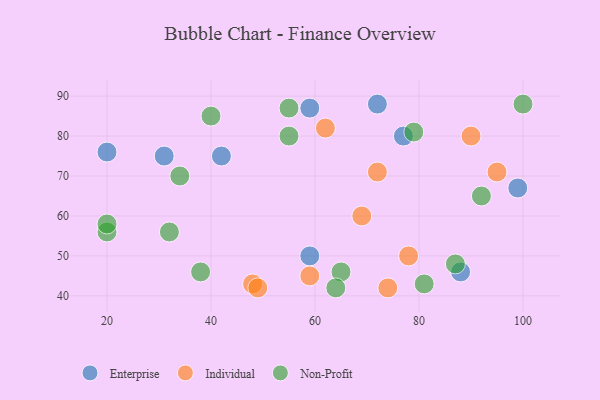
{"axis": {"x": "GDP", "y": "Life Expectancy"}, "legend": ["Enterprise", "Individual", "Non-Profit"], "data": [{"x": "99", "y": 67, "type": "Enterprise"}, {"x": "59", "y": 50, "type": "Enterprise"}, {"x": "88", "y": 46, "type": "Enterprise"}, {"x": "72", "y": 88, "type": "Enterprise"}, {"x": "42", "y": 75, "type": "Enterprise"}, {"x": "77", "y": 80, "type": "Enterprise"}, {"x": "20", "y": 76, "type": "Enterprise"}, {"x": "31", "y": 75, "type": "Enterprise"}, {"x": "59", "y": 87, "type": "Enterprise"}, {"x": "62", "y": 82, "type": "Individual"}, {"x": "74", "y": 42, "type": "Individual"}, {"x": "78", "y": 50, "type": "Individual"}, {"x": "59", "y": 45, "type": "Individual"}, {"x": "48", "y": 43, "type": "Individual"}, {"x": "49", "y": 42, "type": "Individual"}, {"x": "69", "y": 60, "type": "Individual"}, {"x": "90", "y": 80, "type": "Individual"}, {"x": "95", "y": 71, "type": "Individual"}, {"x": "72", "y": 71, "type": "Individual"}, {"x": "55", "y": 80, "type": "Non-Profit"}, {"x": "100", "y": 88, "type": "Non-Profit"}, {"x": "92", "y": 65, "type": "Non-Profit"}, {"x": "34", "y": 70, "type": "Non-Profit"}, {"x": "79", "y": 81, "type": "Non-Profit"}, {"x": "81", "y": 43, "type": "Non-Profit"}, {"x": "40", "y": 85, "type": "Non-Profit"}, {"x": "32", "y": 56, "type": "Non-Profit"}, {"x": "20", "y": 56, "type": "Non-Profit"}, {"x": "38", "y": 46, "type": "Non-Profit"}, {"x": "55", "y": 87, "type": "Non-Profit"}, {"x": "65", "y": 46, "type": "Non-Profit"}, {"x": "20", "y": 58, "type": "Non-Profit"}, {"x": "87", "y": 48, "type": "Non-Profit"}, {"x": "64", "y": 42, "type": "Non-Profit"}]}